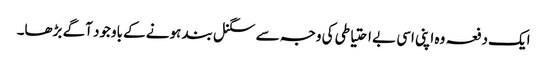
ایک دفعہ وہ اپنی اسی بے احتیاطی کی وجہ سے سگنل بند ہونے کے باوجود آگے بڑھا۔